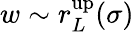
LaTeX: w\sim r_{L}^{\mathrm{up}}(\sigma)